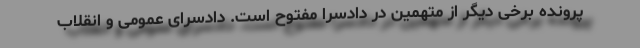
پرونده برخی دیگر از متهمین در دادسرا مفتوح است. دادسرای عمومی و انقلاب